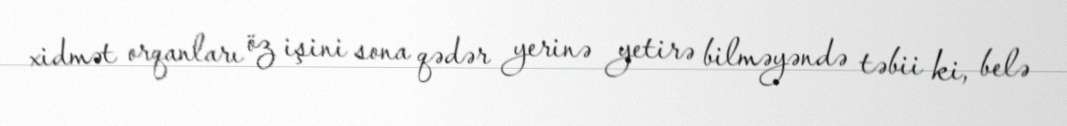
xidmət orqanları öz işini sona qədər yerinə yetirə bilməyəndə təbii ki, belə